Lunatic asylums Central Provinces reports 1895-1909 - 1895-1909
Year: 1895
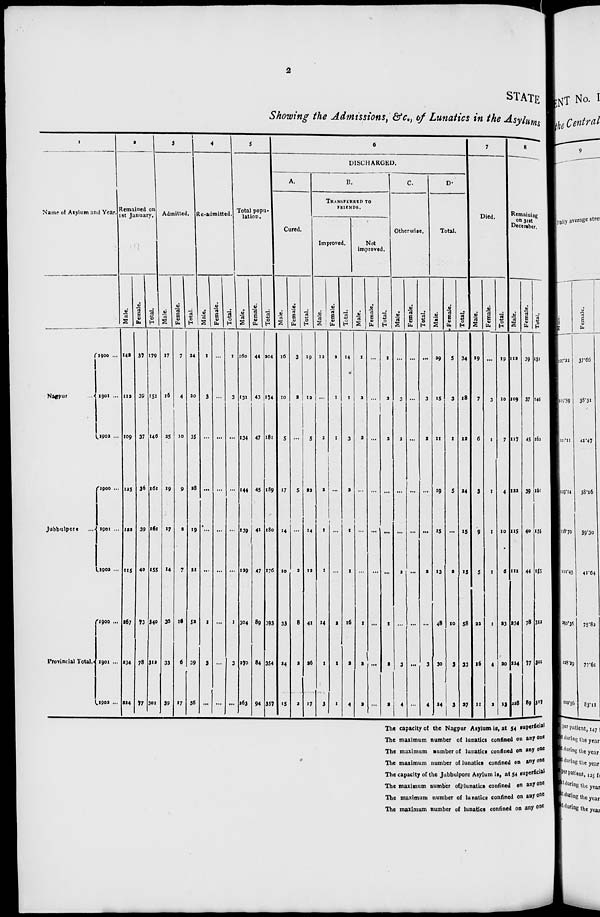
2
STATE
Showing the Admissions, &c., of Lunatics in the Asylums
1
Name of Asylum and Year.
Nagpur
...
Jubbulpore ...
Provincial Total.
1900 ...
1901 ...
1902 ...
1900 ...
1901 ...
1902 ...
1900 ...
1901 ...
1902 ...
2
Remained on
1st January.
Male.
142
112
109
125
122
115
267
234
224
Female.
37
39
37
36
39
40
93
78
77
Total.
179
151
---
161
161
155
340
312
301
3
Admitted.
Male.
17
16
25
19
17
14
36
33
39
Female.
7
4
10
9
2
7
16
6
17
Total.
24
20
35
28
19
21
52
39
56
4
Re-admitted.
Male.
1
3
...
...
...
...
1
3
...
Female.
...
...
...
...
...
...
...
...
...
Total.
1
3
...
...
...
...
1
3
...
5
Total popu¬
lation.
Male.
160
131
134
144
139
129
304
270
263
Female.
44
43
47
45
41
47
89
84
94
Total.
204
174
181
189
180
176
393
354
357
6
DISCHARGED.
A.
Cured.
Male.
16
10
5
17
14
10
33
24
15
Female.
3
2
...
5
...
2
8
2
2
Total.
19
12
5
22
14
12
41
26
17
B.
TRANSFERRED TO
FRIENDS.
Improved.
Male.
12
...
2
2
1
1
14
1
3
Female.
2
1
1
...
...
...
2
1
1
Total.
14
1
3
2
1
1
16
2
4
Not
improved.
Male.
1
2
2
...
...
...
1
2
2
Female.
...
...
...
...
...
...
...
...
...
Total.
1
2
2
...
...
...
1
2
2
C.
Otherwise.
Male.
...
3
2
...
...
2
...
3
4
Female.
...
...
...
...
...
...
...
...
...
Total.
...
3
2
...
...
2
...
3
4
D.
Total.
Male.
29
15
11
19
15
13
48
30
24
Female.
5
3
1
5
...
2
10
3
3
Total.
34
18
12
24
15
15
58
33
27
7
Died.
Male.
19
7
6
3
9
5
22
16
11
Female.
...
3
1
1
1
1
1
4
2
Total.
19
10
7
4
10
6
23
20
13
8
Remaining
on 31st
December.
Male.
112
109
117
122
115
111
234
224
228
Female.
39
37
45
39
40
44
78
77
89
Total.
151
146
162
161
155
155
312
301
317
The capacity of the Nagpur Asylum is, at 54 superficial
The maximum number of lunatics confined on any one
The maximum number of lunatics confined on any one
The maximum number of lunatics confined on any one
The capacity of the Jubbulpore Asylum is, at 54 superficial
The maximum number of lunatics confined on any one
The maximum number of lunatics confined on any one
The maximum number of lunatics confined on any one